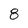
Character: 8